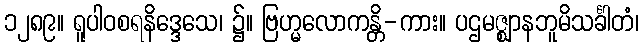
၁၂၈၉။ ရူပါဝစရနိဒ္ဒေသေ၊ ၌။ ဗြဟ္မလောကန္တိ-ကား။ ပဌမဇ္ဈာနဘူမိသင်္ခါတံ၊